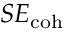
S E _ { \mathrm { c o h } }